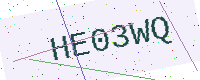
Text: HE03WQ